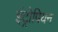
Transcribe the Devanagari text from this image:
इंट्रोपियन